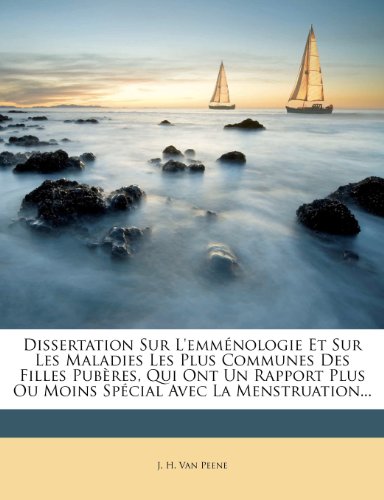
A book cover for Dissertation Sur L'emmÃ©nologie Et Sur Les Maladies Les Plus Communes Des Filles PubÃ¨res, Qui Ont Un Rapport Plus Ou Moins SpÃ©cial Avec La Menstruation... (French Edition); Health, Fitness & Dieting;